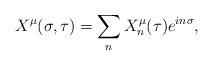
\begin{align*}X^\mu(\sigma, \tau) = \sum_n X^\mu_n(\tau) e^{in\sigma},\end{align*}